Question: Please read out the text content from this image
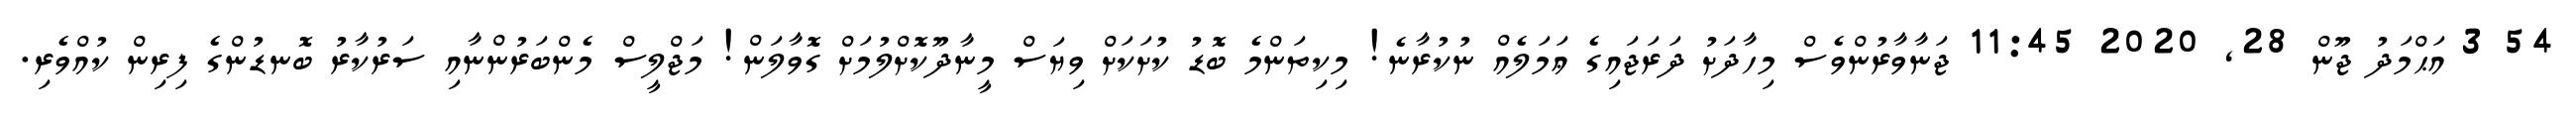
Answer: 54 3 އަޙްމަދު ޖޫން 28, 2020 11:45 ޖަނާވާރުންވެސް މިހާދަށު ދަރަޖައިގެ ޢަމަލެއް ނުކުރާނެ! މިކިތަންމެ ބޮޑު ކުށަކަށް ވިޔަސް މީނާދޫކޮށްލުމަށް ގޮވާލަން! މަޖްލީސް މެންބަރުންނާއި ސަރުކާރު ބޮނޑުންގެ ފިރިން ކުއްވެރި.